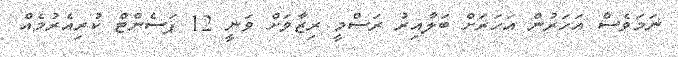
ނަމަވެސް އަހަރުން އަހަރަށް ބަލާއިރު ރަސްމީ ރިޒާވަށް ވަނީ 12 ޕަސެންޓް ކުރިއެރުމެއް